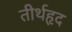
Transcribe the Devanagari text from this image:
तीर्थहृद